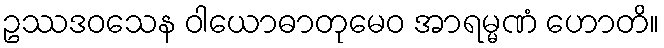
ဥဿဒဝသေန ဝါယောဓာတုမေဝ အာရမ္မဏံ ဟောတိ။